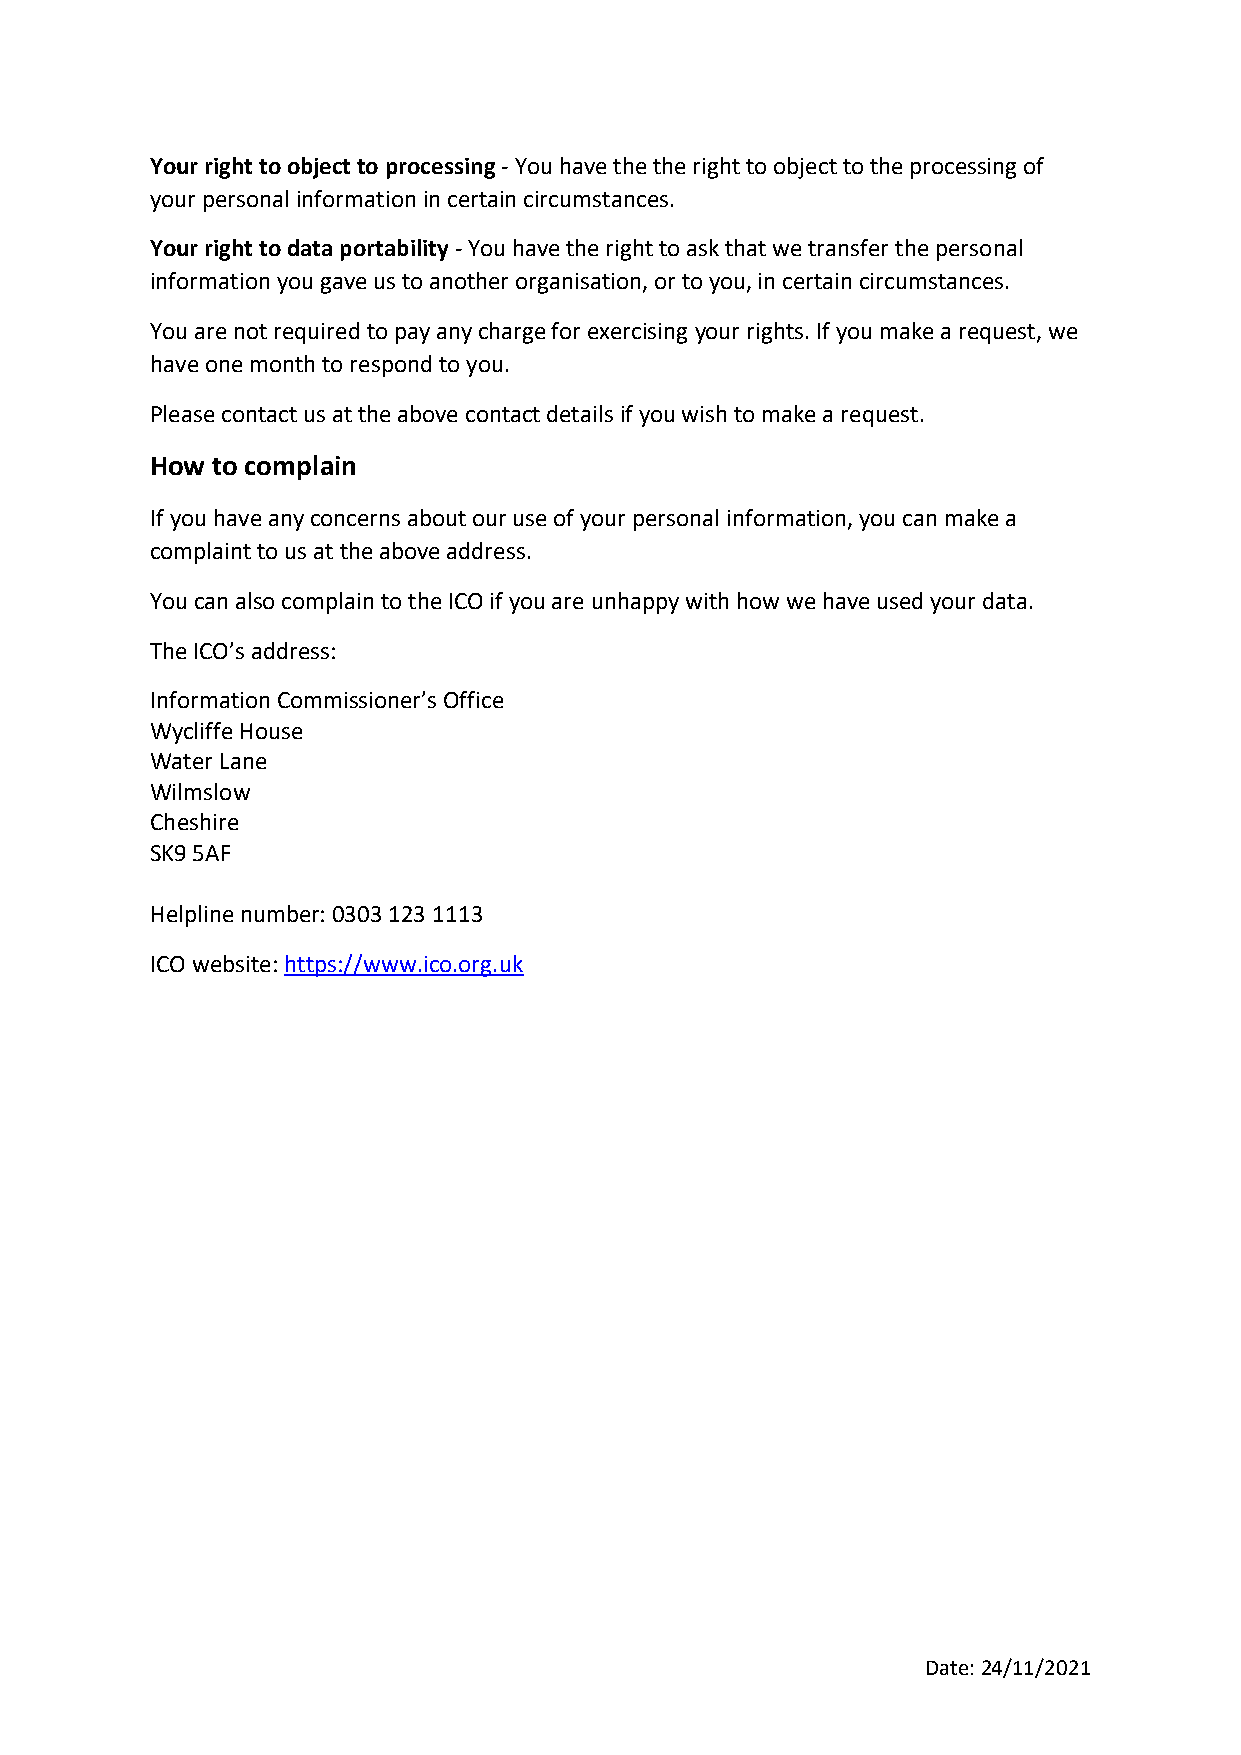
Your right to object to processing - You have the the right to object to the processing of
 your personal information in certain circumstances.
 Your right to data portability - You have the right to ask that we transfer the personal
 information you gave us to another organisation, or to you, in certain circumstances.
 You are not required to pay any charge for exercising your rights. If you make a request, we
 have one month to respond to you.
 Please contact us at the above contact details if you wish to make a request.
 How to complain
 If you have any concerns about our use of your personal information, you can make a
 complaint to us at the above address.
 You can also complain to the ICO if you are unhappy with how we have used your data.
 The ICO’s address:
 Information Commissioner’s Office
 Wycliffe House
 Water Lane
 Wilmslow
 Cheshire
 SK9 5AF
 Helpline number: 0303 123 1113
 ICO website: https://www.ico.org.uk
 Date: 24/11/2021